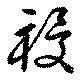
祲